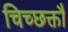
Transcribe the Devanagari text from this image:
चिच्छक्तौ